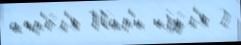
апр'е́л'я Пар'и иjу́л'я 2